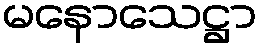
မနောသေဋ္ဌာ